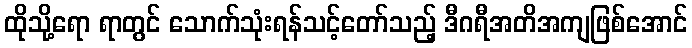
ထိုသို့ရော ရာတွင် သောက်သုံးရန်သင့်တော်သည့် ဒီဂရီအတိအကျဖြစ်အောင်